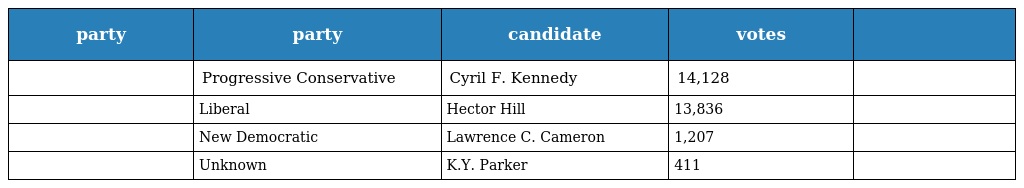
| party | party | candidate | votes |  |
 | --- | --- | --- | --- | --- |
 |  | Progressive Conservative | Cyril F. Kennedy | 14,128 |  |
 |  | Liberal | Hector Hill | 13,836 |  |
 |  | New Democratic | Lawrence C. Cameron | 1,207 |  |
 |  | Unknown | K.Y. Parker | 411 |  |